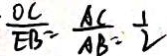
\frac { O C } { E B } = \frac { A C } { A B } = \frac { 1 } { 2 }